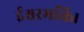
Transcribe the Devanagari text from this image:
ईश्वरभक्ति।